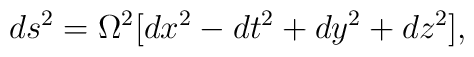
ds^2 =  \Omega^2[dx^2-dt^2+dy^2+dz^2],